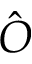
\hat { O }